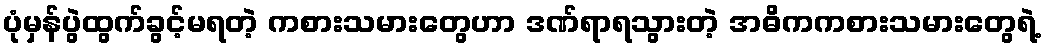
ပုံမှန်ပွဲထွက်ခွင့်မရတဲ့ ကစားသမားတွေဟာ ဒဏ်ရာရသွားတဲ့ အဓိကကစားသမားတွေရဲ့